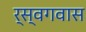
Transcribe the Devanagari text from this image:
र्स्वगवास